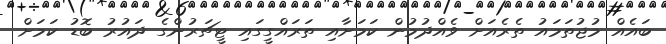
ބައެއް މުޖުތަމައު ތެރެއަށް ވެއްދުމުން ކަމަށާއި ތަރައްގީގައި ޓީޗަރުންގެ ދައުރު ބޮޑު ކަމަށް